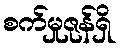
စက်မှုဇုန်ရှိ